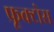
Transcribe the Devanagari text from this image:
फ्रूक्टोस